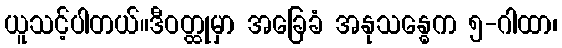
ယူသင့်ပါတယ်။ဒီဝတ္ထုမှာ အခြေခံ အနုသန္ဓေက ၅-ဂါထာ၊